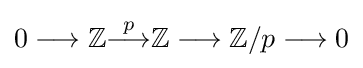
0\longrightarrow \mathbb {Z} {\overset {p}{\longrightarrow }}\mathbb {Z} \longrightarrow \mathbb {Z} /p\longrightarrow 0